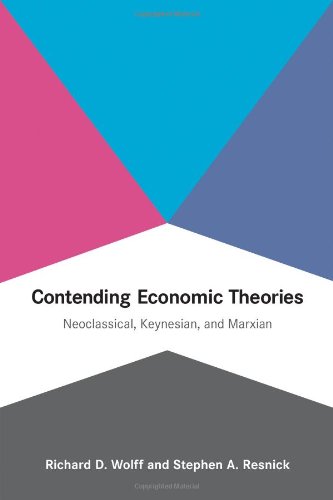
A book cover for Contending Economic Theories: Neoclassical, Keynesian, and Marxian; Richard D. Wolff; Business & Money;